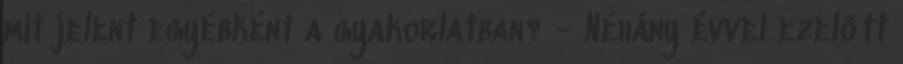
mit jelent egyébként a gyakorlatban? - Néhány évvel ezelőtt